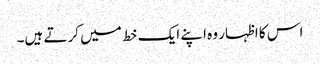
اس کا اظہار وہ اپنے ایک خط میں کرتے ہیں۔